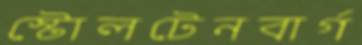
স্টোলটেনবার্গ